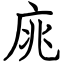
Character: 庣